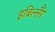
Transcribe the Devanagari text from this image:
इब्रिल्लैरे